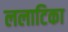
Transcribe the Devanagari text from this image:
ललाटिका